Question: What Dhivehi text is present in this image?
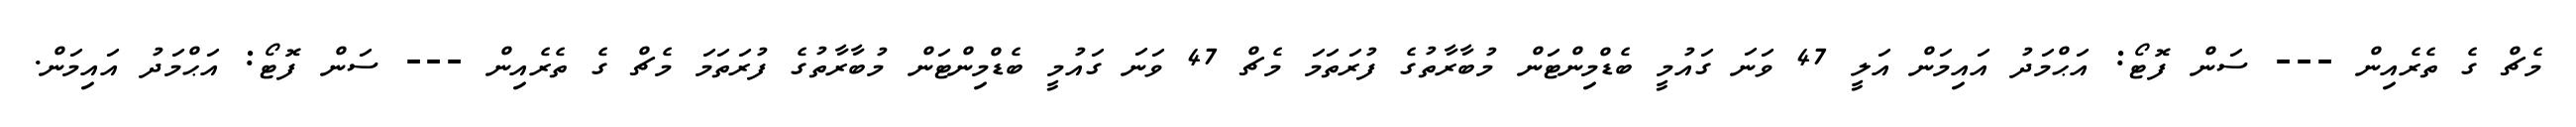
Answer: މެޗް ގެ ތެރެއިން --- ސަން ފޮޓޯ: އަޙްމަދު އައިމަން އަލީ 47 ވަނަ ގައުމީ ބެޑްމިންޓަން މުބާރާތުގެ ފުރަތަމަ މެޗް 47 ވަނަ ގައުމީ ބެޑްމިންޓަން މުބާރާތުގެ ފުރަތަމަ މެޗް ގެ ތެރެއިން --- ސަން ފޮޓޯ: އަޙްމަދު އައިމަން.